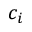
c _ { i }